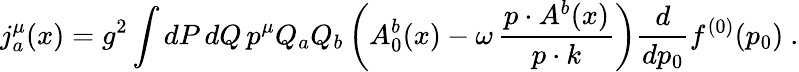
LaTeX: j_{a}^{\mu}(x)=g^{2}\int dP\, dQ\, p^{\mu}Q_{a}Q_{b}\left(A_{0}^{b}(x)-\omega\, \frac{p\cdot A^{b}(x)}{p\cdot k}\right)\frac{d}{dp_{0}}f^{(0)}(p_{0})\ .